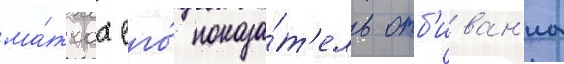
ма́тчах его́ показа́т'ель отб'иван'иа